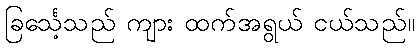
ခြင်္သေ့သည် ကျား ထက်အရွယ် ငယ်သည်။